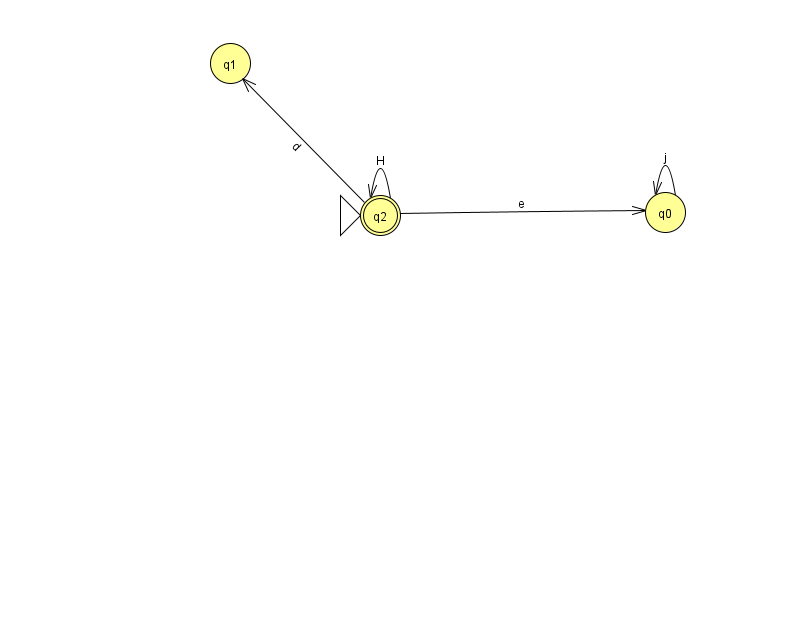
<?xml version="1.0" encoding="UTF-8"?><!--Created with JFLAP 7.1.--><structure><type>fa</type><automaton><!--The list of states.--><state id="0" name="q0"><x>665.0</x><y>199.0</y></state><state id="1" name="q1"><x>230.0</x><y>50.0</y></state><state id="2" name="q2"><x>380.0</x><y>202.0</y><initial/><final/></state><!--The list of transitions.--><transition><from>2</from><to>0</to><read>e</read></transition><transition><from>2</from><to>2</to><read>H</read></transition><transition><from>0</from><to>0</to><read>j</read></transition><transition><from>2</from><to>1</to><read>d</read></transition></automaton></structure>